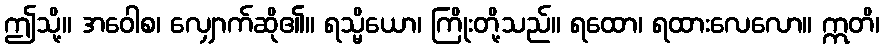
ဤသို့။ အဝေါစ၊ လျှောက်ဆို၏။ ရသ္မိယော၊ ကြိုးတို့သည်။ ရထော၊ ရထားလေလော။ ဣတိ၊